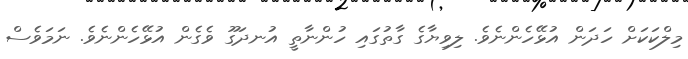
މިލްކަކަށް ހަދަން އުޅޭހެންނެވެ. ލިވިޔާގެ ގާތުގައި ހުންނާތީ އުނދަގޫ ވެގެން އުޅޭހެންނެވެ. ނަމަވެސް